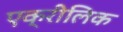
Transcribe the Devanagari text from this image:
एक्रीलिक